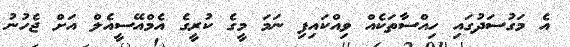
އެ މަގުސަދުގައި ހިއްސާތަކެއް ވިއްކައިފި ނަމަ މީގެ ކުރީގެ އެމްއޭސީއެލް އަށް ޖެހުނު